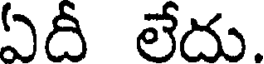
ఏదీ లేదు.